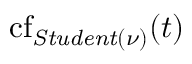
\operatorname { c f } _ { \mathit { S t u d e n t } ( \nu ) } ( t )